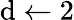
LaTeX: \mathrm{d}\gets2